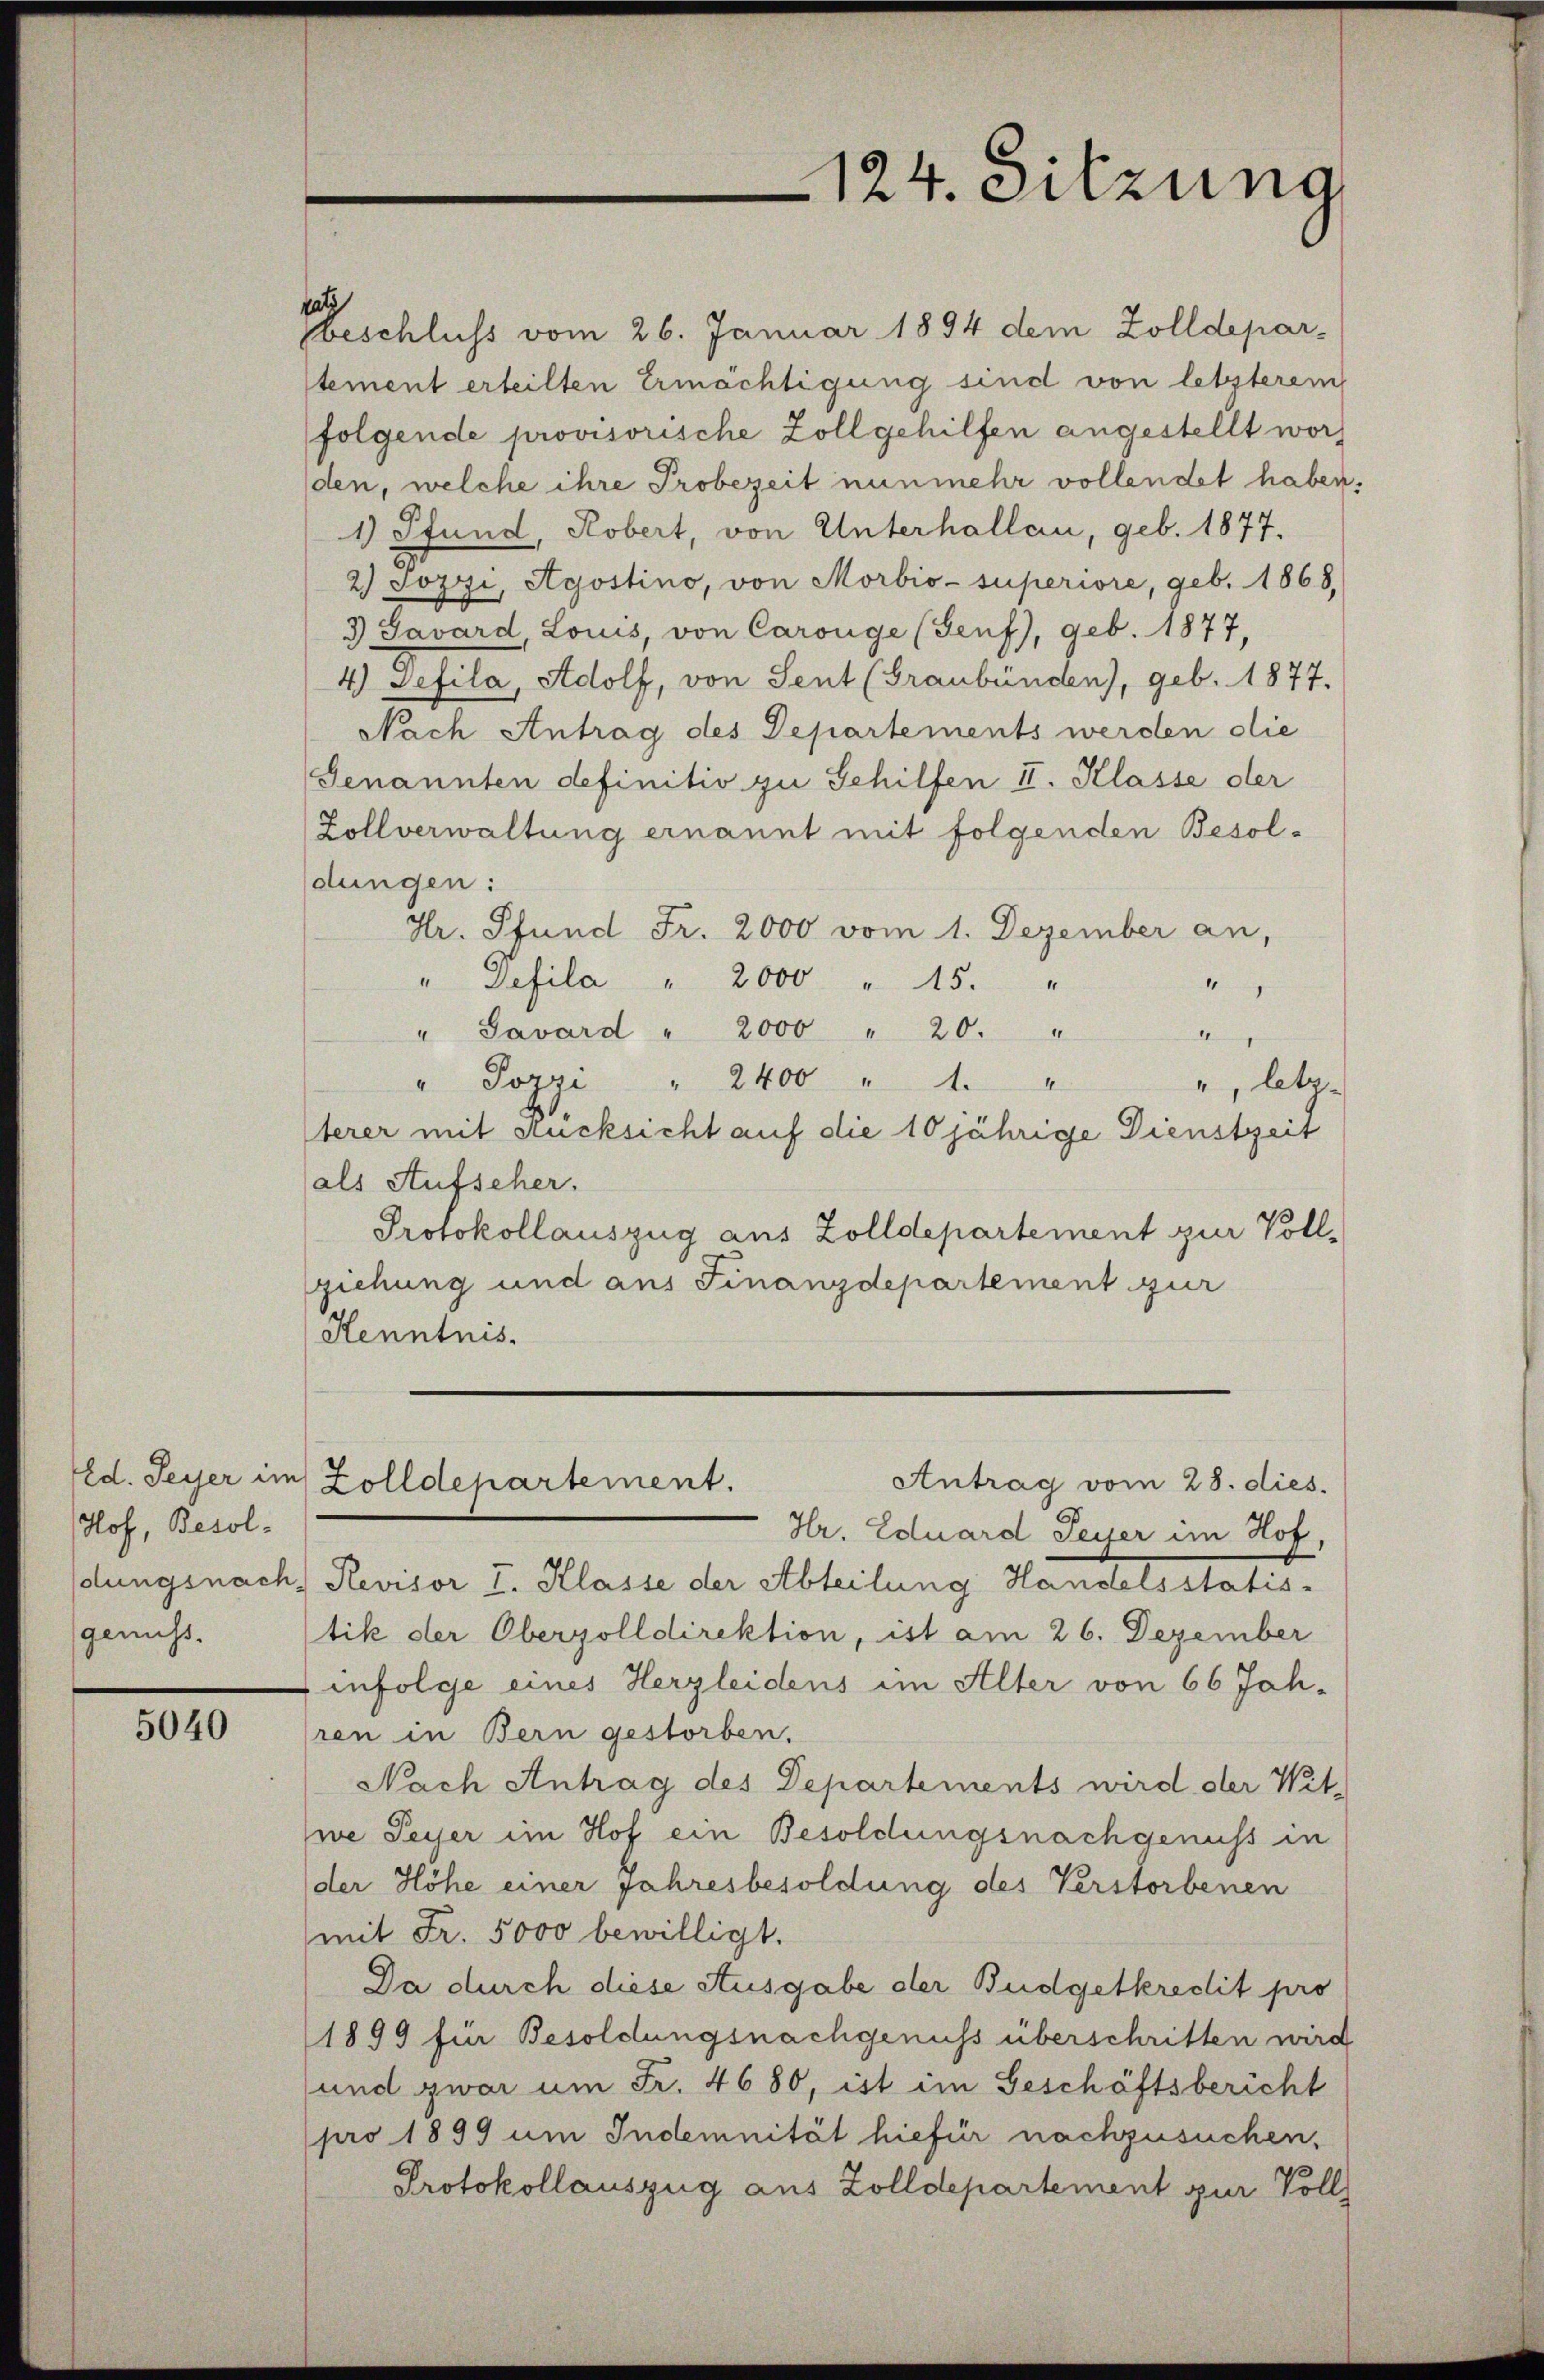
Ed. Feyer im
Hof, Besoldlungsnach
genuss.

5040

tati

sbeschluss vom 26. Januar 1894 dem Zolldepar-
tement erteilten Ermächtigung sind von letzterem
folgende provisorische Zoll gehilfen angestellt wor
den, welche ihre Probezeit nunmehr vollendet haben:
1) Pfund, Kobert, von Unterhallau, geb. 1877.
2) Jozzi, Agostino, von Morbio-superiore, geb. 1868,
3 Savard Louis, von Carouge (Genf), geb. 1877,
4) Defila, Adolf, von Sent (Graubünden), geb. 1877.
Nach Antrag des Departements werden die
Genannten definitiv zu Gehilfen II. Klasse der
Zollverwaltung ernannt mit folgenden Besoldungen:
Hr. Pfund Fr. 2000 vom 1. Dezember an,
" Defila " 2000 " 15. "
g
" Savard " 2000 " 20. "
keg
" Pozzi " 2400 " 1. "
", letz
terer mit Rücksicht auf die 10 jährige Dienstzeit
als Aufseher.
Protokollauszug aus Zolldepartement zur Vollziehung und aus Finanzdepartement zur
Kenntnis.
Antrag vom 28. dies.
Zolldepartement.
Hr. Eduard Peyer im Hof
Revisor I. Klasse der Abteilung Handelsstatis-
tik der Oberzolldirektion, ist am 26. Dezember
infolge eines Herzleidens im Alter von 66 Joh.
ren in Bern gestorben.
Nach Antrag des Departements wird der Wit-
we Seyer im Hof ein Besoldungsnachgenuss in
der Höhe einer Jahresbesoldung des Verstorbenen
mit Fr. 5000 bewilligt.
Da durch diese Ausgabe der Budgetkredit pro
1899 für Besoldungsnachgenuss überschritten wird
und zwar um Fr. 4680, ist im Geschäftsbericht
pro 1899 um Indemnität hiefür nachzusuchen,
Protokollauszug aus Zolldepartement zur Vollz

124. Sitzung